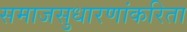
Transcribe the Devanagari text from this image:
समाजसुधारणांकरिता